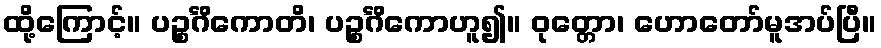
ထို့ကြောင့်။ ပဉ္စင်္ဂိကောတိ၊ ပဉ္စင်္ဂိကောဟူ၍။ ဝုတ္တော၊ ဟောတော်မူအပ်ပြီ။